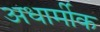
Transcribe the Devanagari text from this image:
अधार्मीक